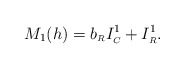
\begin{align*}M_1(h) = b_{\scriptscriptstyle R} I^{1}_{\scriptscriptstyle C}+I^{1}_{\scriptscriptstyle R}. \end{align*}